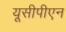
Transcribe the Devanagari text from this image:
यूसीपीएन